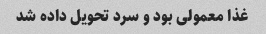
غذا معمولی بود و سرد تحویل داده شد